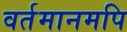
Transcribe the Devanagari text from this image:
वर्तमानमपि